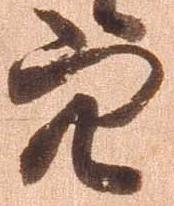
穴